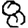
Digit: 8